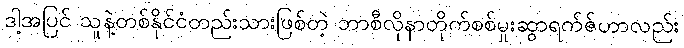
ဒါ့အပြင် သူနဲ့တစ်နိုင်ငံတည်းသားဖြစ်တဲ့ ဘာစီလိုနာတိုက်စစ်မှုးဆွာရက်ဇ်ဟာလည်း